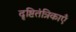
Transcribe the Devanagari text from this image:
दृष्टितंत्रिकाएँ